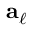
{ \bf a } _ { \ell }